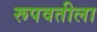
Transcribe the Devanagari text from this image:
रूपवतीला